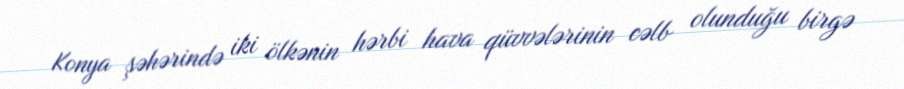
Konya şəhərində iki ölkənin hərbi hava qüvvələrinin cəlb olunduğu birgə